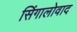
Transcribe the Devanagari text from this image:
सिंगालोवाद